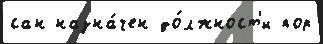
сан назна́чен до́лжност'и пор